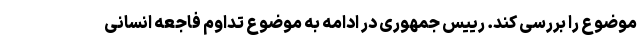
موضوع را بررسی کند. رییس جمهوری در ادامه به موضوع تداوم فاجعه انسانی